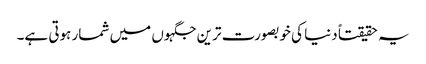
یہ حقیقتاً دنیا کی خوبصورت ترین جگہوں میں شمار ہوتی ہے۔